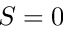
S = 0